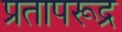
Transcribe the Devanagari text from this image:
प्रतापरूद्र